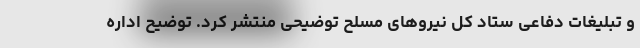
و تبلیغات دفاعی ستاد کل نیروهای مسلح توضیحی منتشر کرد. توضیح اداره